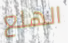
الهلع